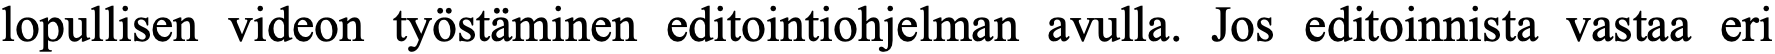
lopullisen videon työstäminen editointiohjelman avulla. Jos editoinnista vastaa eri